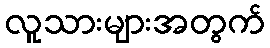
လူသားများအတွက်